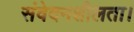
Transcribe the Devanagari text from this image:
संवेदनशीलता।